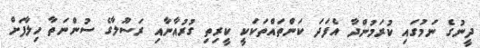
ދީނުގެ ނަމުގައި ކުރަމުންދާ އެފަދަ ކަންތައްތަކަކީ ކީރިތި ގުރުއާނާއި ރަސޫލާގެ ސުންނަތާ ހިލާފަށް